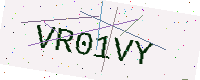
Text: VR01VY